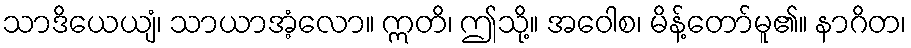
သာဒိယေယျံ၊ သာယာအံ့လော။ ဣတိ၊ ဤသို့။ အဝေါစ၊ မိန့်တော်မူ၏။ နာဂိတ၊